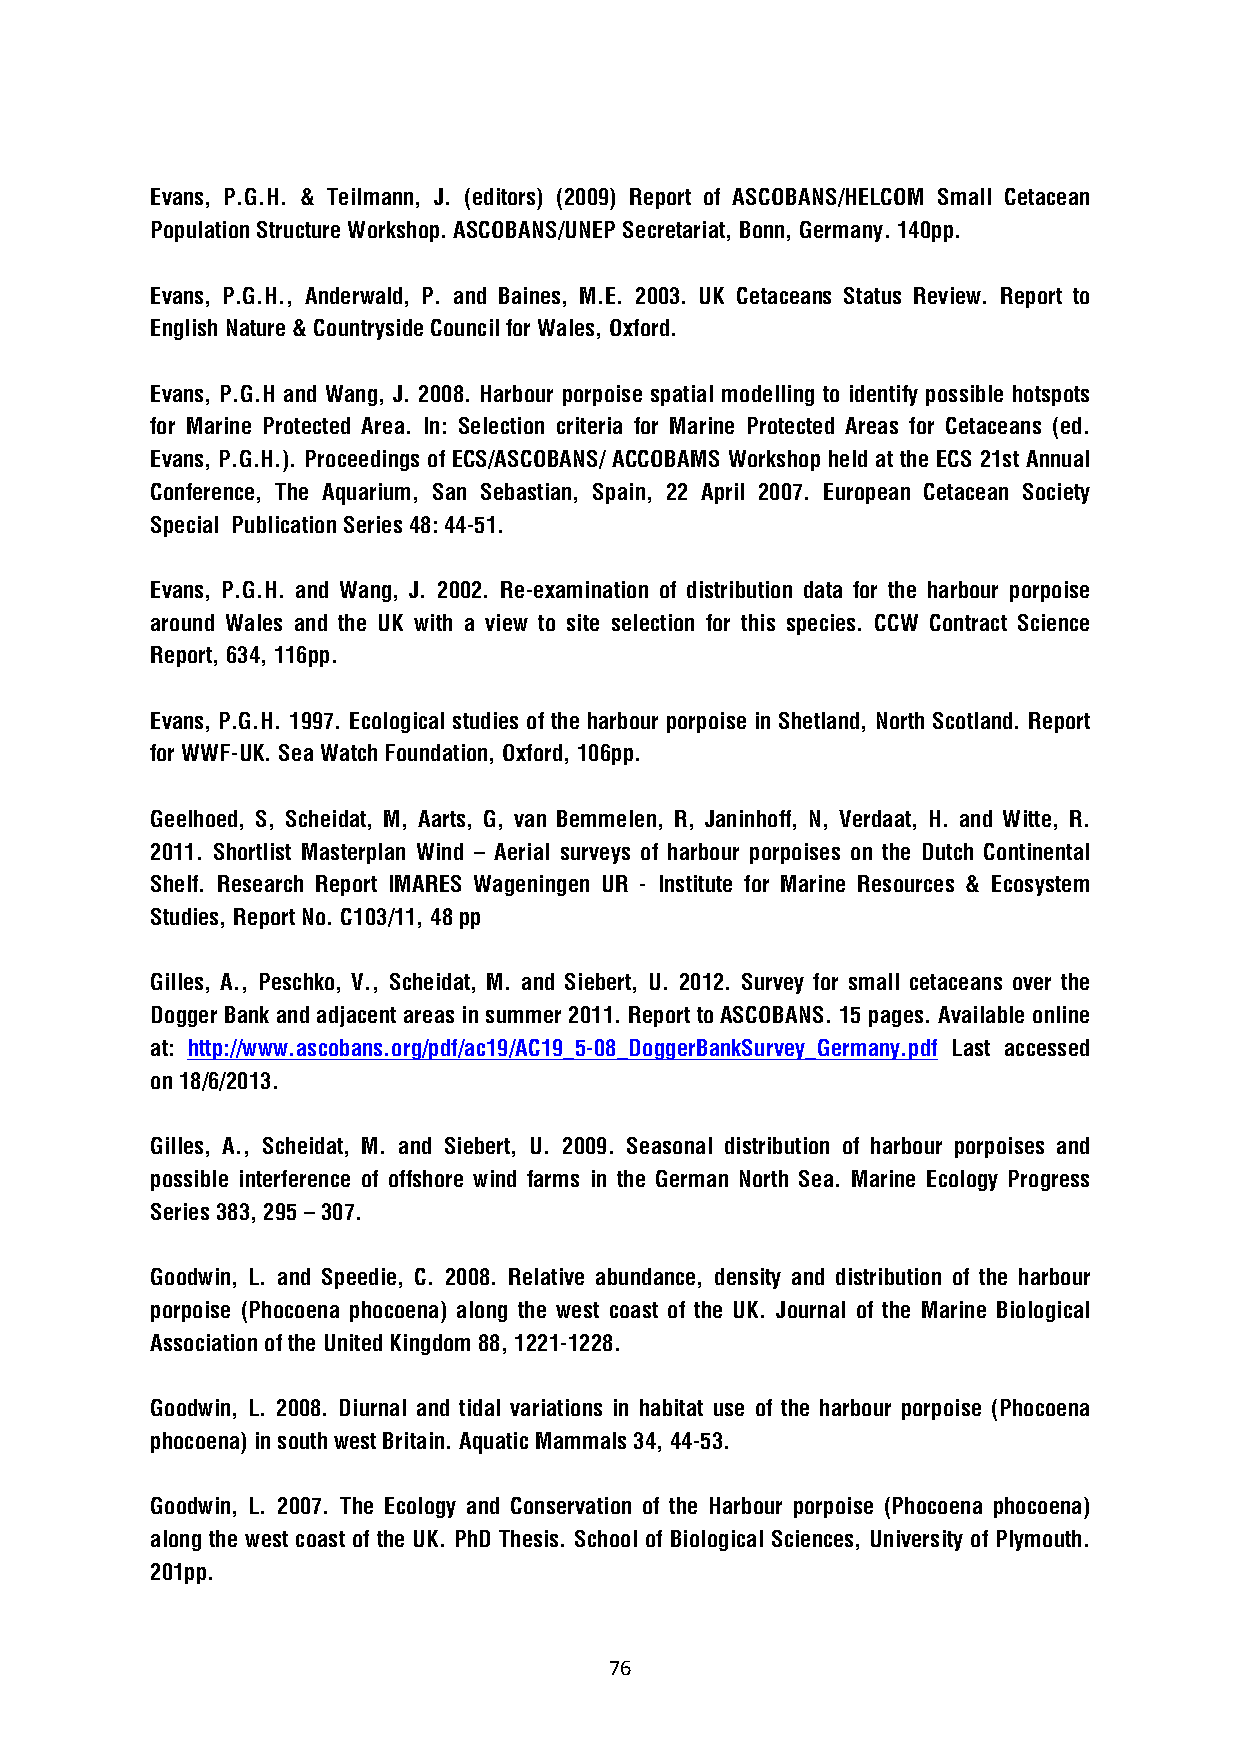
Evans, P.G.H. & Teilmann, J. (editors) (2009) Report of ASCOBANS/HELCOM Small Cetacean
 Population Structure Workshop. ASCOBANS/UNEP Secretariat, Bonn, Germany. 140pp.
 Evans, P.G.H., Anderwald, P. and Baines, M.E. 2003. UK Cetaceans Status Review. Report to
 English Nature & Countryside Council for Wales, Oxford.
 Evans, P.G.H and Wang, J. 2008. Harbour porpoise spatial modelling to identify possible hotspots
 for Marine Protected Area. In: Selection criteria for Marine Protected Areas for Cetaceans (ed.
 Evans, P.G.H.). Proceedings of ECS/ASCOBANS/ ACCOBAMS Workshop held at the ECS 21st Annual
 Conference, The Aquarium, San Sebastian, Spain, 22 April 2007. European Cetacean Society
 Special Publication Series 48: 44-51.
 Evans, P.G.H. and Wang, J. 2002. Re-examination of distribution data for the harbour porpoise
 around Wales and the UK with a view to site selection for this species. CCW Contract Science
 Report, 634, 116pp.
 Evans, P.G.H. 1997. Ecological studies of the harbour porpoise in Shetland, North Scotland. Report
 for WWF-UK. Sea Watch Foundation, Oxford, 106pp.
 Geelhoed, S, Scheidat, M, Aarts, G, van Bemmelen, R, Janinhoff, N, Verdaat, H. and Witte, R.
 2011. Shortlist Masterplan Wind – Aerial surveys of harbour porpoises on the Dutch Continental
 Shelf. Research Report IMARES Wageningen UR - Institute for Marine Resources & Ecosystem
 Studies, Report No. C103/11, 48 pp
 Gilles, A., Peschko, V., Scheidat, M. and Siebert, U. 2012. Survey for small cetaceans over the
 Dogger Bank and adjacent areas in summer 2011. Report to ASCOBANS. 15 pages. Available online
 at: http://www.ascobans.org/pdf/ac19/AC19_5-08_DoggerBankSurvey_Germany.pdf Last accessed
 on 18/6/2013.
 Gilles, A., Scheidat, M. and Siebert, U. 2009. Seasonal distribution of harbour porpoises and
 possible interference of offshore wind farms in the German North Sea. Marine Ecology Progress
 Series 383, 295 – 307.
 Goodwin, L. and Speedie, C. 2008. Relative abundance, density and distribution of the harbour
 porpoise (Phocoena phocoena) along the west coast of the UK. Journal of the Marine Biological
 Association of the United Kingdom 88, 1221-1228.
 Goodwin, L. 2008. Diurnal and tidal variations in habitat use of the harbour porpoise (Phocoena
 phocoena) in south west Britain. Aquatic Mammals 34, 44-53.
 Goodwin, L. 2007. The Ecology and Conservation of the Harbour porpoise (Phocoena phocoena)
 along the west coast of the UK. PhD Thesis. School of Biological Sciences, University of Plymouth.
 201pp.
 76